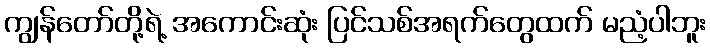
ကျွန်တော်တို့ရဲ့ အကောင်းဆုံး ပြင်သစ်အရက်တွေထက် မညံ့ပါဘူး